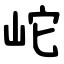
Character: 岮